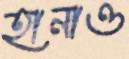
হানাও